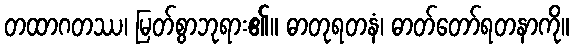
တထာဂတဿ၊ မြတ်စွာဘုရား၏။ ဓာတုရတနံ၊ ဓာတ်တော်ရတနာကို။